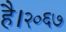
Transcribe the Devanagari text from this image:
है।२०६७